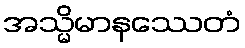
အသ္မိမာနဿေတံ